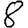
Digit: 8